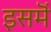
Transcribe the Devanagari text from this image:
इसमॆं